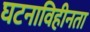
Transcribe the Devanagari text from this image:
घटनाविहीनता